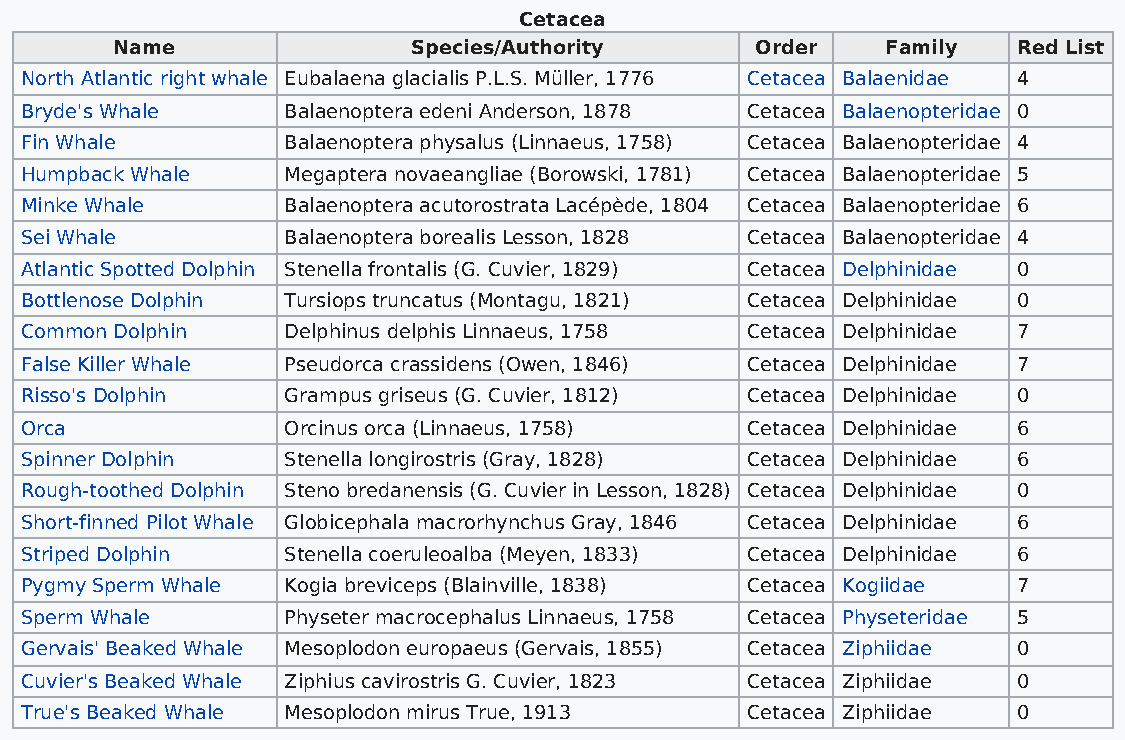
Cetacea
 Name               Species/Authority      Order    Family  Red List
 North Atlantic right whale Eubalaena glacialis P.L.S. Müller, 1776 Cetacea Balaenidae 4
 Bryde's Whale     Balaenoptera edeni Anderson, 1878 Cetacea Balaenopteridae 0
 Fin Whale         Balaenoptera physalus (Linnaeus, 1758) Cetacea Balaenopteridae 4
 Humpback Whale    Megaptera novaeangliae (Borowski, 1781) Cetacea Balaenopteridae 5
 Minke Whale       Balaenoptera acutorostrata Lacépède, 1804 Cetacea Balaenopteridae 6
 Sei Whale         Balaenoptera borealis Lesson, 1828 Cetacea Balaenopteridae 4
 Atlantic Spotted Dolphin Stenella frontalis (G. Cuvier, 1829) Cetacea Delphinidae 0
 Bottlenose Dolphin Tursiops truncatus (Montagu, 1821) Cetacea Delphinidae 0
 Common Dolphin    Delphinus delphis Linnaeus, 1758 Cetacea Delphinidae 7
 False Killer Whale Pseudorca crassidens (Owen, 1846) Cetacea Delphinidae 7
 Risso's Dolphin   Grampus griseus (G. Cuvier, 1812) Cetacea Delphinidae 0
 Orca              Orcinus orca (Linnaeus, 1758) Cetacea Delphinidae 6
 Spinner Dolphin   Stenella longirostris (Gray, 1828) Cetacea Delphinidae 6
 Rough-toothed Dolphin Steno bredanensis (G. Cuvier in Lesson, 1828) Cetacea Delphinidae 0
 Short-finned Pilot Whale Globicephala macrorhynchus Gray, 1846 Cetacea Delphinidae 6
 Striped Dolphin   Stenella coeruleoalba (Meyen, 1833) Cetacea Delphinidae 6
 Pygmy Sperm Whale Kogia breviceps (Blainville, 1838) Cetacea Kogiidae 7
 Sperm Whale       Physeter macrocephalus Linnaeus, 1758 Cetacea Physeteridae 5
 Gervais' Beaked Whale Mesoplodon europaeus (Gervais, 1855) Cetacea Ziphiidae 0
 Cuvier's Beaked Whale Ziphius cavirostris G. Cuvier, 1823 Cetacea Ziphiidae 0
 True's Beaked Whale Mesoplodon mirus True, 1913 Cetacea Ziphiidae 0